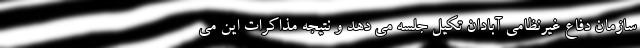
سازمان دفاع غیرنظامی آبادان تکیل جلسه می دهد و نتیجه مذاکرات این می